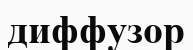
диффузор